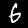
Label: 6